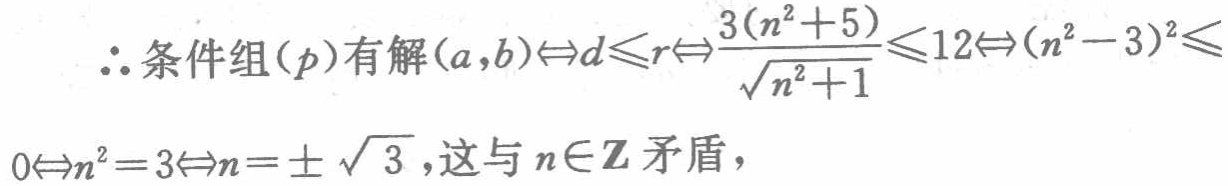
\(\therefore\)条件组\((p)\)有解\((a,b)\Leftrightarrow d\leqslant r\Leftrightarrow\frac{3(n^{2}+5)}{\sqrt{n^{2}+1}}\leqslant12\Leftrightarrow(n^{2}-3)^{2}\leqslant0\Leftrightarrow n^{2}=3\Leftrightarrow n = \pm\sqrt{3}\)，这与\(n\in\mathbf{Z}\)矛盾，